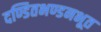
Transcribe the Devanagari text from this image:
दण्डितभण्डनभूत